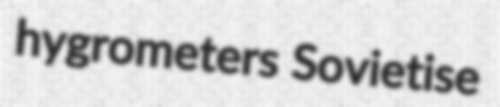
hygrometers Sovietise